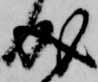
成